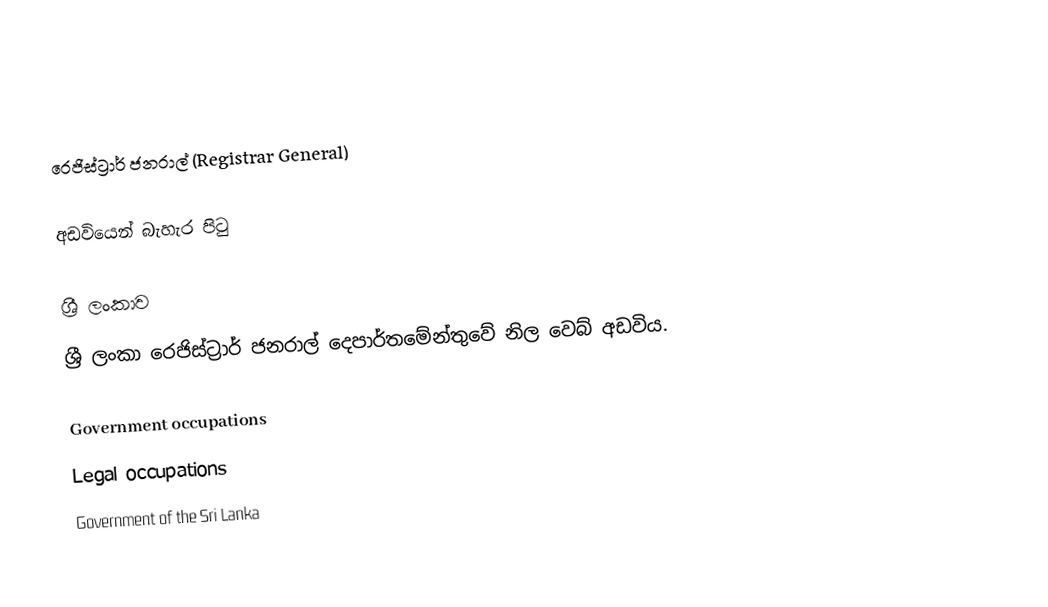
රෙජිස්ට්‍රාර් ජනරාල් (Registrar General)

අඩවියෙන් බැහැර පිටු

ශ්‍රී ලංකාව
 ශ්‍රී ලංකා රෙජිස්ට්‍රාර් ජනරාල් දෙපාර්තමේන්තුවේ නිල වෙබ් අඩවිය.

Government occupations
Legal occupations
Government of the Sri Lanka